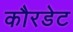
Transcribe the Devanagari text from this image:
कौरडेट